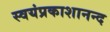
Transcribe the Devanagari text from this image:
स्वयंप्रकाशानन्द